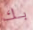
بك